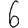
Digit: 6